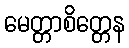
မေတ္တာစိတ္တေန